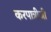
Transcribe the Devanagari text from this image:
करपात्रीजी